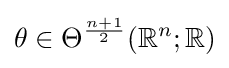
\theta \in \Theta ^{\frac {n+1}{2}}(\mathbb {R} ^{n};\mathbb {R} )